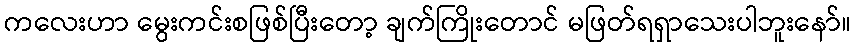
ကလေးဟာ မွေးကင်းစဖြစ်ပြီးတော့ ချက်ကြိုးတောင် မဖြတ်ရရှာသေးပါဘူးနော်။